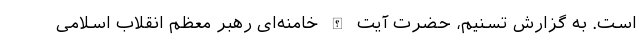
است. به گزارش تسنیم، حضرت آیت الله خامنه‌ای رهبر معظم انقلاب اسلامی